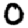
Digit: 0